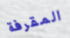
المقرفة